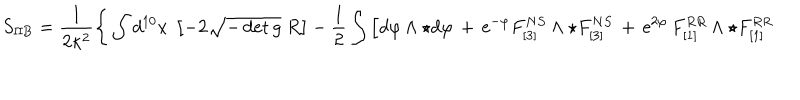
S _ { \mathrm { I I B } } = \frac { 1 } { 2 \kappa ^ { 2 } } \Bigg \{ \int d ^ { 1 0 } x ~ \left[ - 2 \sqrt { - \det g } ~ R \right] - \frac { 1 } { 2 } \int \Big [ d \varphi \wedge \star d \varphi \, + \, \mathrm { e } ^ { - \varphi } F _ { [ 3 ] } ^ { N S } \wedge \star F _ { [ 3 ] } ^ { N S } \, + \, \mathrm { e } ^ { 2 \varphi } \, F _ { [ 1 ] } ^ { R R } \wedge \star F _ { [ 1 ] } ^ { R R }